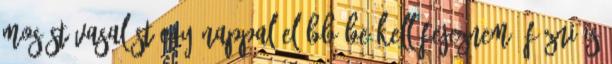
mosást-vasalást egy nappal előbb be kell fejeznem, főzni is